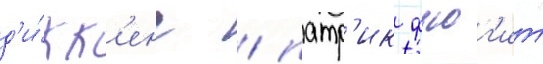
д'и́кк'енс / патр'ик фьюг'ит